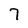
Character: 7